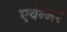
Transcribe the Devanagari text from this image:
एवेन्जर